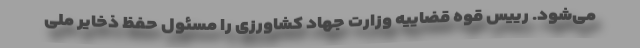
می‌شود. رییس قوه قضاییه وزارت جهاد کشاورزی را مسئول حفظ ذخایر ملی